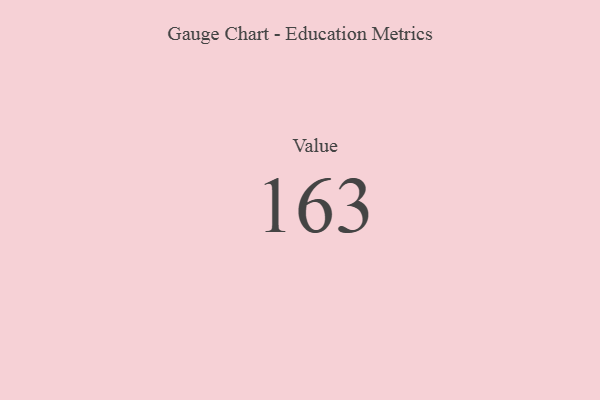
{"axis": {"x": "Metric", "y": "Value"}, "legend": [""], "data": [{"x": "Value", "y": 163, "type": ""}]}